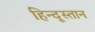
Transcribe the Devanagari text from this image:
हिन्दूस्तान